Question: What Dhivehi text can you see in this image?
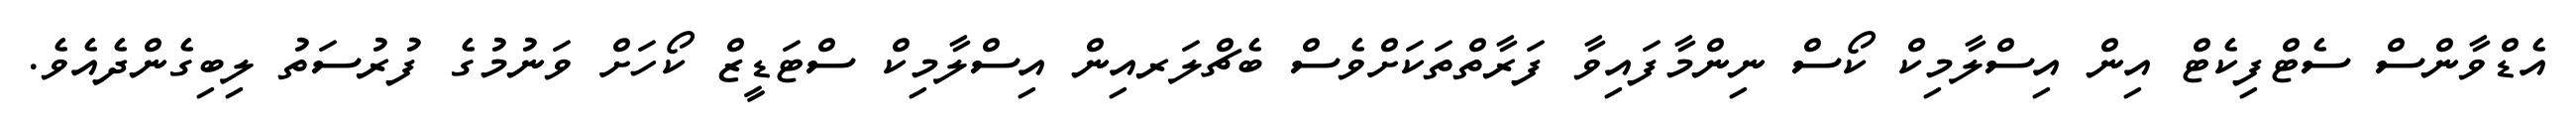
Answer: އެޑްވާންސް ސެޓްފިކެޓް އިން އިސްލާމިކް ކޯސް ނިންމާފައިވާ ފަރާތްތަކަށްވެސް ބެޗްލަރއިން އިސްލާމިކް ސްޓަޑީޒް ކޯހަށް ވަނުމުގެ ފުރުސަތު ލިބިގެންދެއެވެ.